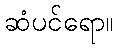
ဆံပင်ရော။